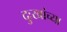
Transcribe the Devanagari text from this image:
दुःखांच्या